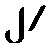
၂/